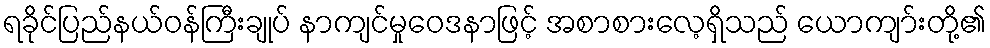
ရခိုင်ပြည်နယ်ဝန်ကြီးချုပ် နာကျင်မှုဝေဒနာဖြင့် အစာစားလေ့ရှိသည် ယောကျာ်းတို့၏